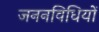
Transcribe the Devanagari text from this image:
जननविधियों